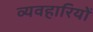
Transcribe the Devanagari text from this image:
व्यवहारियों